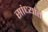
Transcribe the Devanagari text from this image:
सांध्यांत